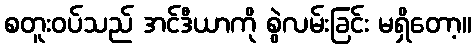
စတူးဝပ်သည် အင်ဒီယာကို စွဲလမ်းခြင်း မရှိတော့။